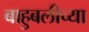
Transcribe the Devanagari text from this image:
बाहुबलीच्या